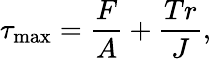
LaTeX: \tau_{\mathrm{max}}=\frac{F}{A}+\frac{Tr}{J},